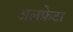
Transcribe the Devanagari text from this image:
अलफ़ेटा